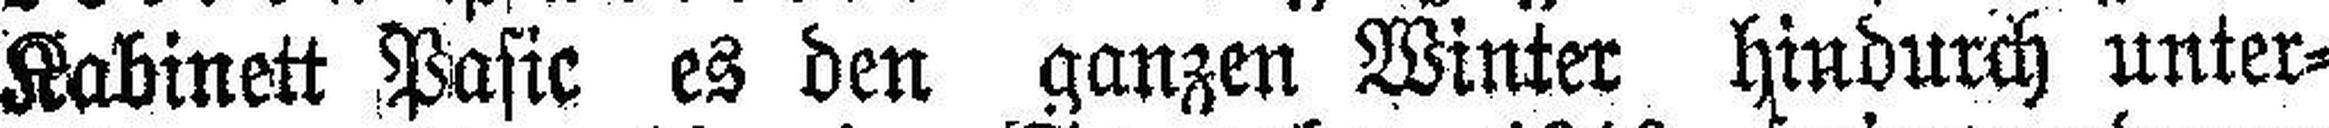
Kabinett Pasic es den ganzen Winter hindurch unter¬